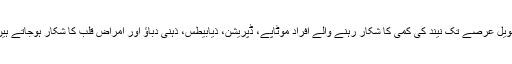
طویل عرصے تک نیند کی کمی کا شکار رہنے والے افراد موٹاپے، ڈپریشن، ذیابیطس، ذہنی دباؤ اور امراض قلب کا شکار ہوجاتے ہیں۔